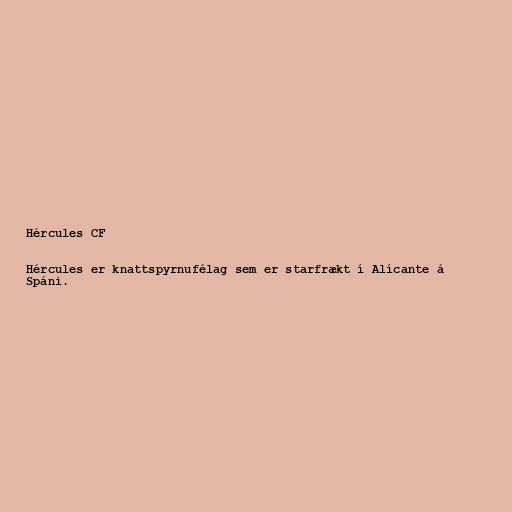
Hércules CF

Hércules er knattspyrnufélag sem er starfrækt í Alícante á
Spáni.